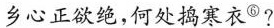
乡心正欲绝，何处捣寒衣^{⑥}?